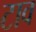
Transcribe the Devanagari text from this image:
टाव